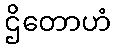
ဌိတောဟံ